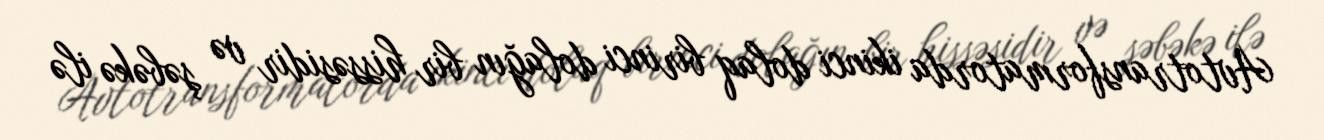
Avtotransformatorda ikinci dolaq birinci dolağın bir hissəsidir və şəbəkə ilə